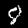
Label: 8